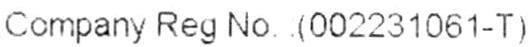
COMPANY REG NO. : (002231061-T)